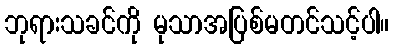
ဘုရားသခင်ကို မုသာအပြစ်မတင်သင့်ပါ။